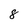
Character: 8